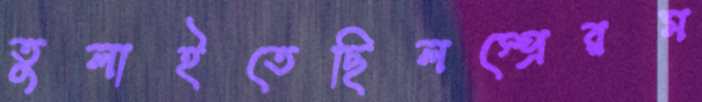
তুলাইতেছিলস্প্রেরম